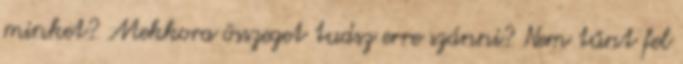
minket? Mekkora összeget tudsz erre szánni? Nem tűnt fel